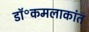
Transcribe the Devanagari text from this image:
डॉ॰कमलाकांत